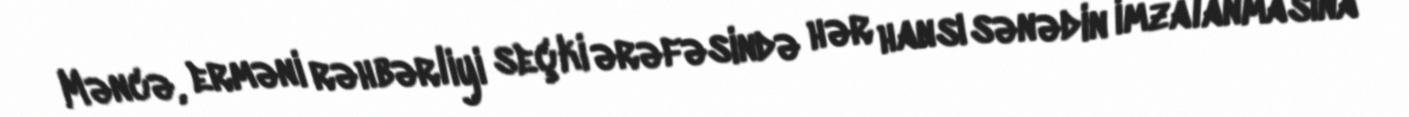
Məncə, erməni rəhbərliyi seçki ərəfəsində hər hansı sənədin imzalanmasına